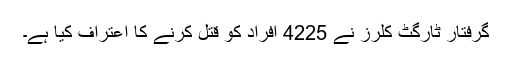
گرفتار ٹارگٹ کلرز نے 4225 افراد کو قتل کرنے کا اعتراف کیا ہے۔